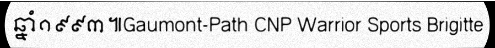
ឆ្នាំ១៩៩៣៕Gaumont-Path CNP Warrior Sports Brigitte